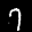
Label: 7